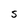
Character: S